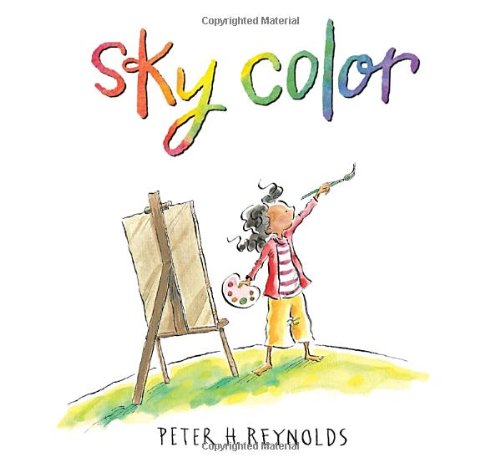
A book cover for Sky Color (Creatrilogy); Peter H. Reynolds; Children's Books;